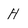
Character: h